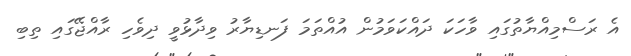
އެ ރަސްމިއްޔާތުގައި ވާހަކަ ދައްކަވަމުން އުއްތަމަ ފަނޑިޔާރު ވިދާޅުވީ ދިވެހި ރާއްޖޭގައި ތިބި